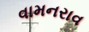
વામનરાવ